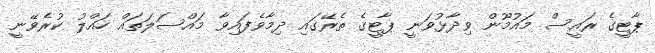
ޕާޓީގެ ރައީސް މައުމޫން ވިދާޅުވަނީ ޕާޓީގެ ތެރޭގައި ދިމާވެފައިވާ މައްސަލަތައް ހައްލު ކުރެވޭނީ